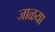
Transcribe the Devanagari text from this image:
जाळया